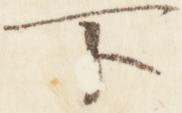
下